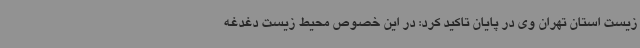
زیست استان تهران وی در پایان تاکید کرد: در این خصوص محیط زیست دغدغه